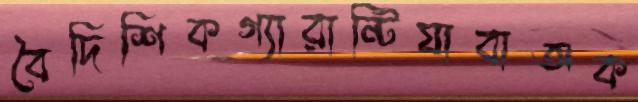
বৈদিশিকগ্যারান্টিযাবাঅক